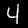
Label: 4